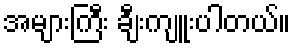
အများကြီး ချီးကျူးပါတယ်။